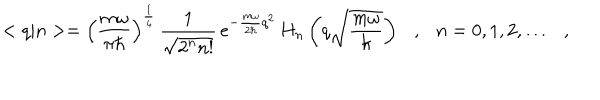
< q | n > = \left( \frac { m \omega } { \pi \hbar } \right) ^ { \frac { 1 } { 4 } } \, \frac { 1 } { \sqrt { 2 ^ { n } n ! } } \, e ^ { - \frac { m \omega } { 2 \hbar } q ^ { 2 } } \, H _ { n } \left( q \sqrt { \frac { m \omega } { \hbar } } \right) \ \ \ , \ \ \ n = 0 , 1 , 2 , \dots \ \ \ ,